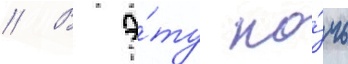
// В э́ту но́чь